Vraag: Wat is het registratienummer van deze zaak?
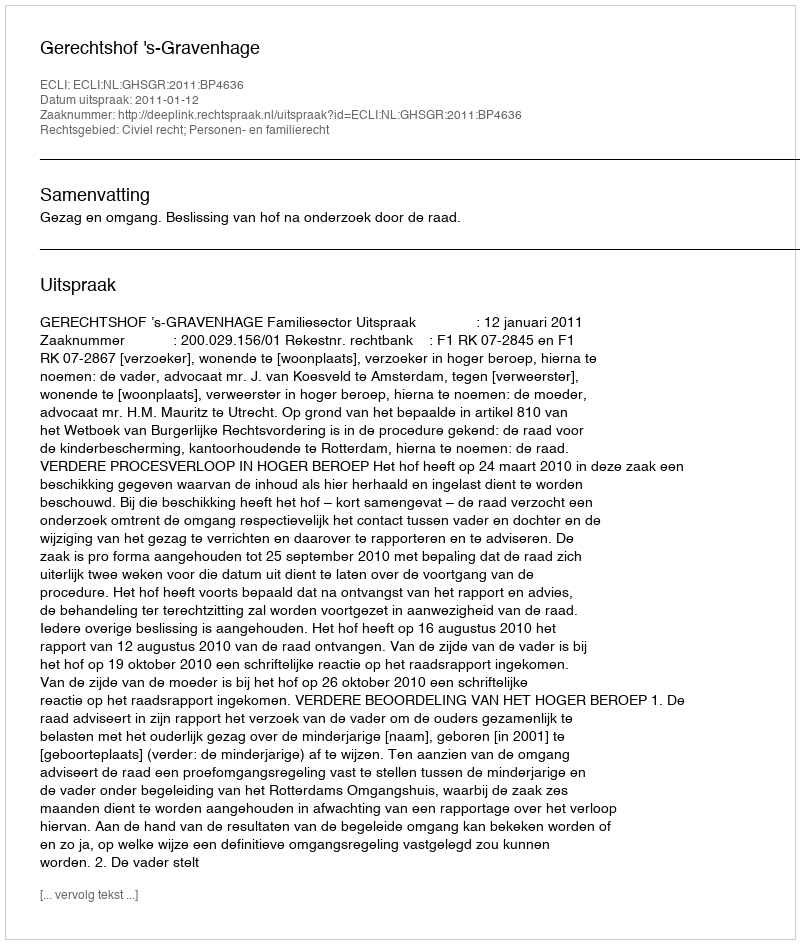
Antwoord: http://deeplink.rechtspraak.nl/uitspraak?id=ECLI:NL:GHSGR:2011:BP4636